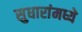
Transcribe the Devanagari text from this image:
सुधारांमध्ये